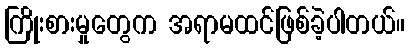
ကြိုးစားမှုတွေက အရာမထင်ဖြစ်ခဲ့ပါတယ်။